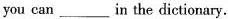
you can _in the dictionary.